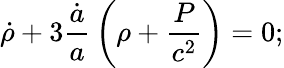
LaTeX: {\dot{\rho}}+3{\frac{\dot{a}}{a}}\left(\rho+{\frac{P}{c^{2}}}\right)=0;